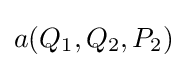
a(Q_{1},Q_{2},P_{2})